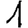
Digit: 1